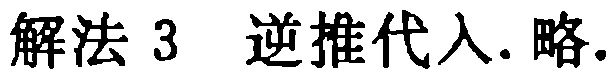
解法 3 逆推代入. 略.